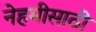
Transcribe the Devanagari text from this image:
नेहमीसाठी